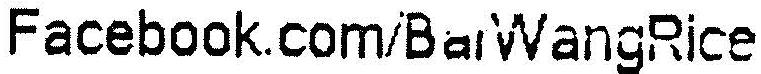
FACEBOOK.COM/BARWANGRICE